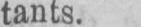
tants.